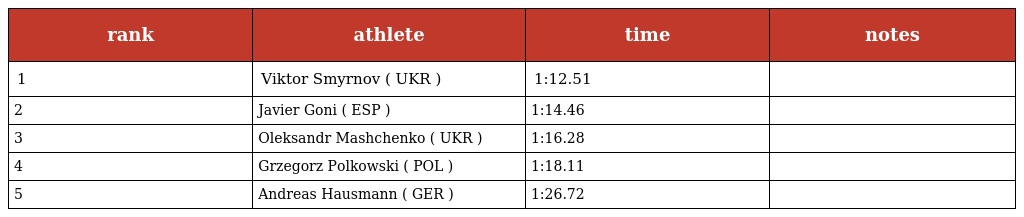
| rank | athlete | time | notes |
 | --- | --- | --- | --- |
 | 1 | Viktor Smyrnov ( UKR ) | 1:12.51 |  |
 | 2 | Javier Goni ( ESP ) | 1:14.46 |  |
 | 3 | Oleksandr Mashchenko ( UKR ) | 1:16.28 |  |
 | 4 | Grzegorz Polkowski ( POL ) | 1:18.11 |  |
 | 5 | Andreas Hausmann ( GER ) | 1:26.72 |  |